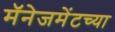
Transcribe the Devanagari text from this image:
मॅनेजमेंटच्या